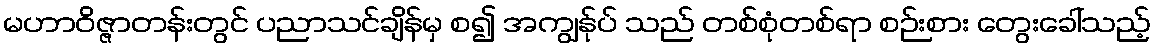
မဟာဝိဇ္ဇာတန်းတွင် ပညာသင်ချိန်မှ စ၍ အကျွန်ုပ် သည် တစ်စုံတစ်ရာ စဉ်းစား တွေးခေါ်သည့်